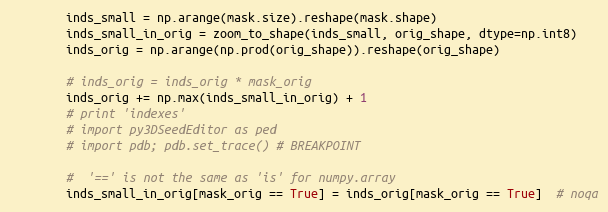
Language: Python
        inds_small = np.arange(mask.size).reshape(mask.shape)
        inds_small_in_orig = zoom_to_shape(inds_small, orig_shape, dtype=np.int8)
        inds_orig = np.arange(np.prod(orig_shape)).reshape(orig_shape)

        # inds_orig = inds_orig * mask_orig
        inds_orig += np.max(inds_small_in_orig) + 1
        # print 'indexes'
        # import py3DSeedEditor as ped
        # import pdb; pdb.set_trace() # BREAKPOINT

        #  '==' is not the same as 'is' for numpy.array
        inds_small_in_orig[mask_orig == True] = inds_orig[mask_orig == True]  # noqa